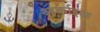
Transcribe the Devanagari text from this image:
आर्काइआ